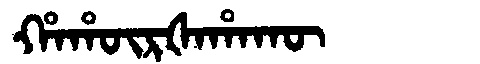
Manchu: ᡥᠠᡥᡡᡵᡧᠠᡥᠠᡴᡡ
Romanization: HAHŪRŠAHAKŪ